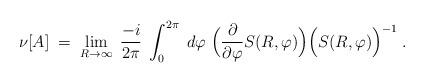
LaTeX: \begin{align*}\nu [ A ] \; = \; \lim_{R \rightarrow \infty} \;\frac{-i}{2 \pi} \; \int_{0}^{2\pi} \; d \varphi \;\Big(\frac{\partial}{\partial \varphi} S(R,\varphi)\Big)\Big(S(R,\varphi)\Big)^{-1} \; .\end{align*}